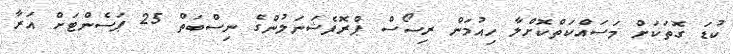
ކުޑަ ގޮތަކަށް މަސައްކަތްކޮށްލާ ހިއުމަން ރިސޯސް ޕްރޮފެޝަނަލުންގެ ނިސްބަތް 25 ޕަސެންޓަށް އަރާ